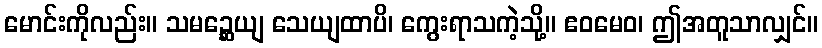
မောင်းကိုလည်း။ သမဉ္ဆေယျ သေယျထာပိ၊ ကွေးရာသကဲ့သို့။ ဧဝမေဝ၊ ဤအတူသာလျှင်။